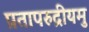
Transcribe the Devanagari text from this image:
प्रतापरुद्रीयमु